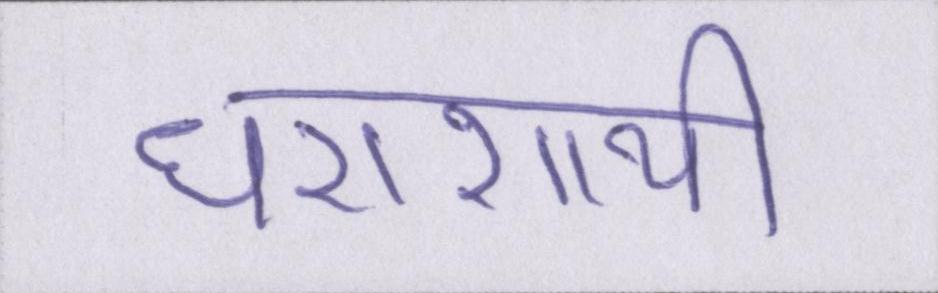
धराशायी